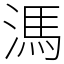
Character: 溤